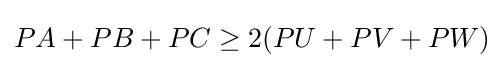
PA+PB+PC\geq 2(PU+PV+PW)